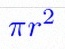
\pi r^2